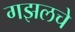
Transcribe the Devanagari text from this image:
गझलचे